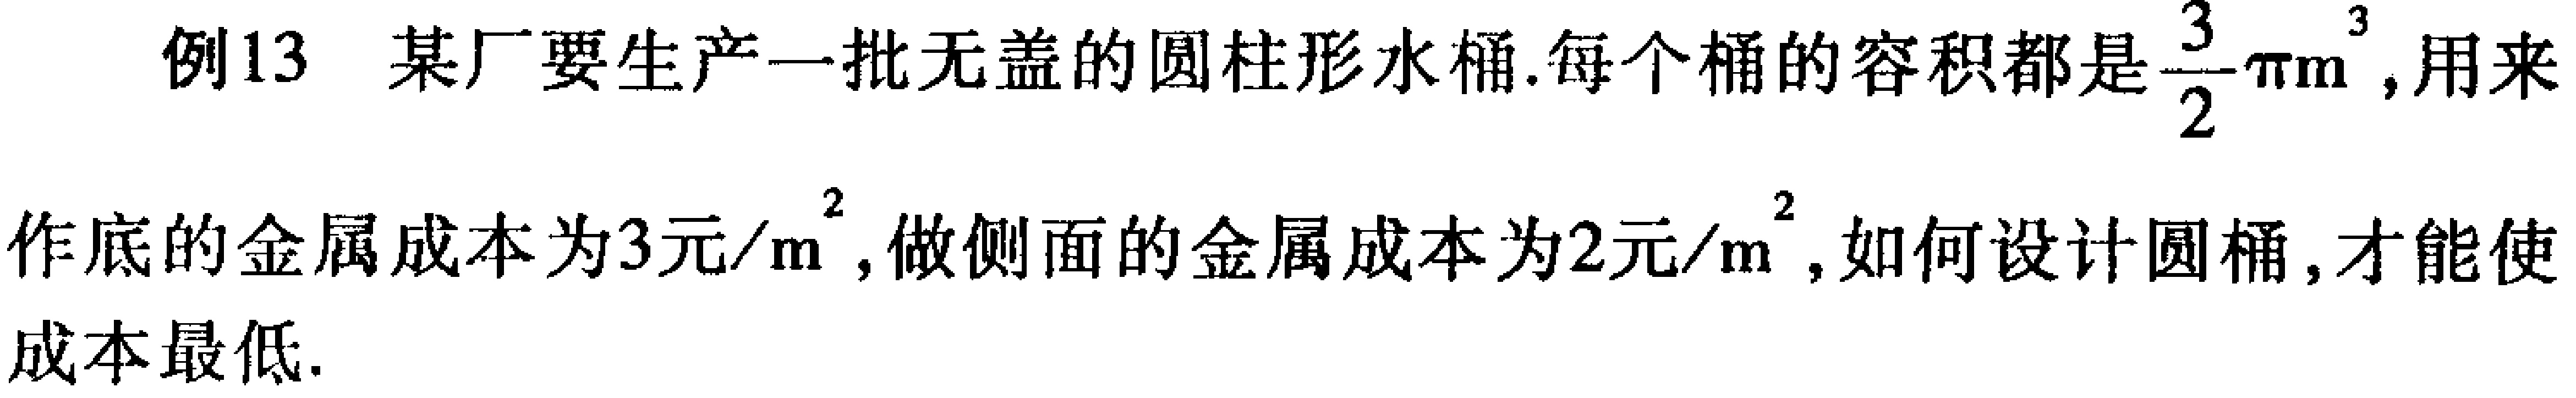
例13 某厂要生产一批无盖的圆柱形水桶.每个桶的容积都是$\frac{3}{2}\pi\mathrm{m}^{3}$,用来
作底的金属成本为$3元/\mathrm{m}^{2}$,做侧面的金属成本为$2元/\mathrm{m}^{2}$,如何设计圆桶,才能使
成本最低.